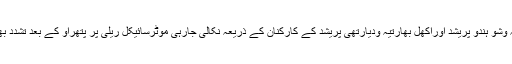
ورطلب ہے کہ وشو ہندو پریشد اوراکھل بھارتیہ ودیارتھی پریشد کے کارکنان کے ذریعہ نکالی جارہی موٹرسائیکل ریلی پر پتھراو کے بعد تشدد بھڑک اٹھی تھی۔